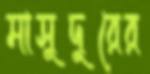
মাসুদুরের